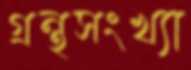
গ্রন্থসংখ্যা